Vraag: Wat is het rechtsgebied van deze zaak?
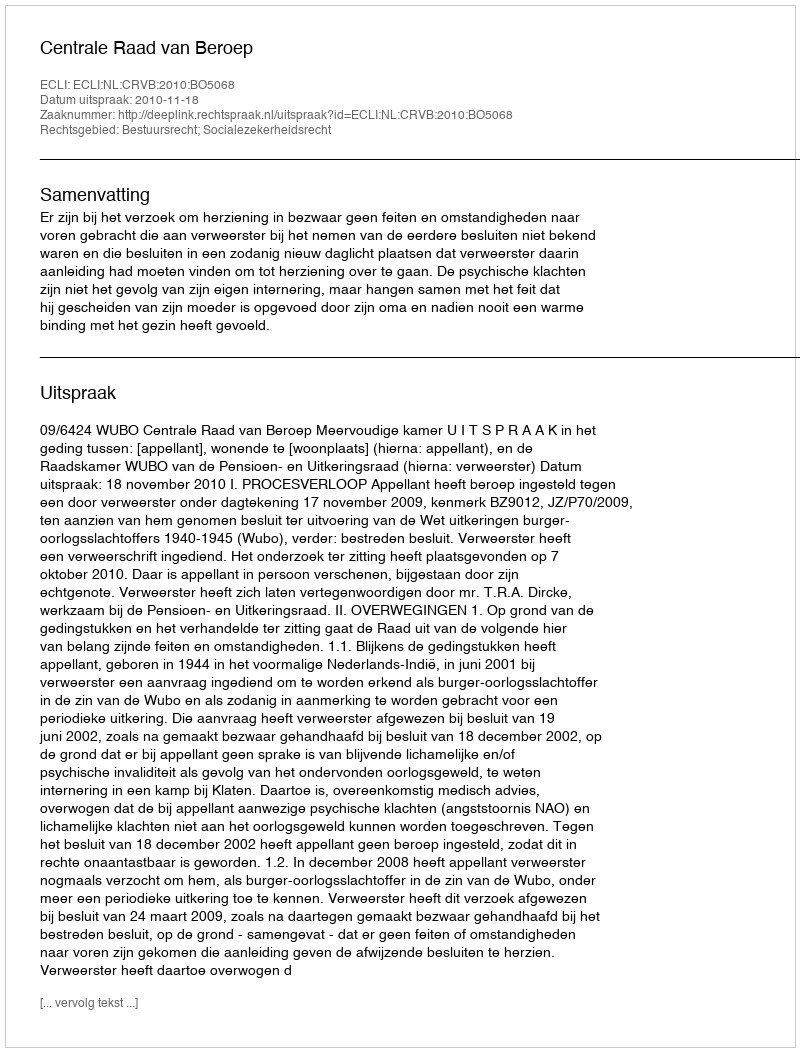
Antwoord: Bestuursrecht; Socialezekerheidsrecht